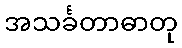
အသင်္ခတာဓာတု